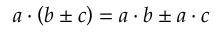
a \cdot \left( b \pm c \right) = a \cdot b \pm a \cdot c